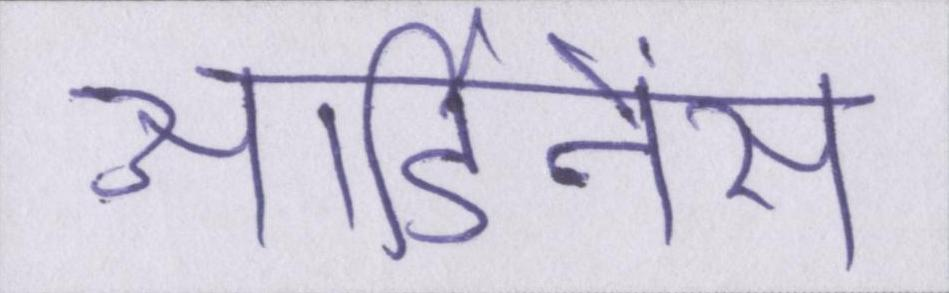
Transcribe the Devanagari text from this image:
आर्डिनेंस